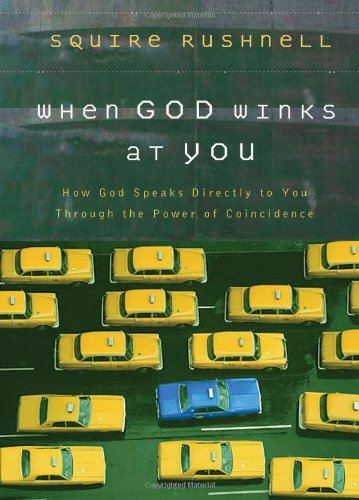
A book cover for When God Winks at You: How God Speaks Directly to You Through the Power of Coincidence; Squire Rushnell; Christian Books & Bibles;